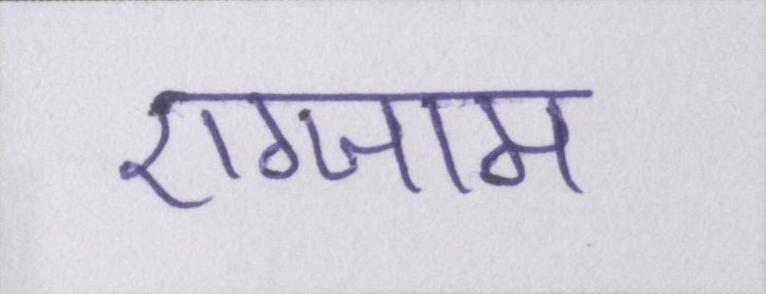
एग्जाम